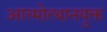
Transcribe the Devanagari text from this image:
आत्मोत्थानयुक्त